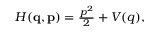
\begin{array} { r } { H ( \ensuremath { \mathbf { q } } , \ensuremath { \mathbf { p } } ) = \frac { p ^ { 2 } } { 2 } + V ( q ) , } \end{array}